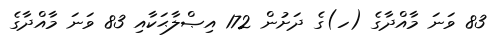
83 ވަނަ މާއްދާގެ (ހ)ގެ ދަށުން 172 އިޞްލާޙަކާއި 83 ވަނަ މާއްދާގެ